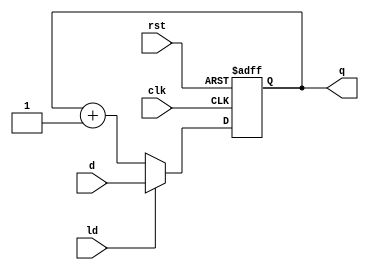
//
// Copyright 1991-2016 Mentor Graphics Corporation
//
// All Rights Reserved.
//
// THIS WORK CONTAINS TRADE SECRET AND PROPRIETARY INFORMATION WHICH IS THE PROPERTY OF 
// MENTOR GRAPHICS CORPORATION OR ITS LICENSORS AND IS SUBJECT TO LICENSE TERMS.
//   
// Binary counter example

module cntr_rtl (d, ld, rst, clk, q);

  // input declarations

  input ld;
  input rst;
  input clk;
  input [3:0] d;
  
  // output declarations
  
  output [3:0] q;
  
  // register declarations
  
  reg [3:0] q;
  
  // events of interest are when either the clock or reset pin
  // go high
  
  always @(posedge clk or posedge rst)
  begin

     // handle asynchronous reset -- reset when rst is high
  
    if (rst)
      q = 4'b0000;
      
    // handle clock edge  
      
    else
    begin
    
      // handle synchronous load
        
      if (ld)
        q = d;
      
      // handle increment
      
      else
        q = q + 1;
      
    end
  end
  
  endmodule